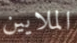
الملايين